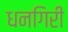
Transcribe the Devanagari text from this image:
धनगिरी